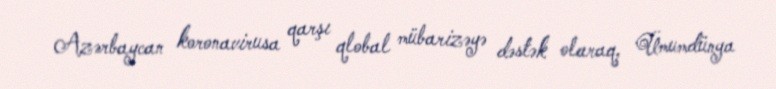
Azərbaycan koronavirusa qarşı qlobal mübarizəyə dəstək olaraq, Ümumdünya